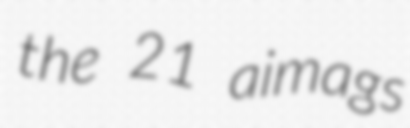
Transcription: the 21 aimags